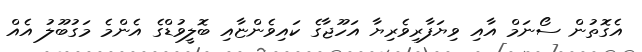
އެގޮތުން ސޯނަމް އާއި ވިޔަފާރިވެރިޔާ އަހޫޖާގެ ކައިވެންޏާއި ބޮލީވުޑްގެ އެންމެ މަގުބޫލު އެއް